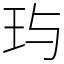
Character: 玙